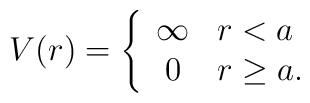
V(r)=\left\{\begin{array}{cl} \infty & r<a \\ 0 & r\ge a.\end{array}\right.